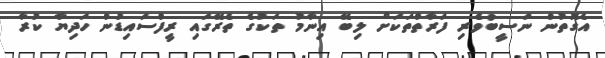
އެގޮތުން ނަސީބުވެރި ފަރާތްތަކަށް ލިބޭ އިނާމު ތަކުގެ ތެރޭގައި ރީފްސައިޑުން ހަދިޔާ ކުރާ